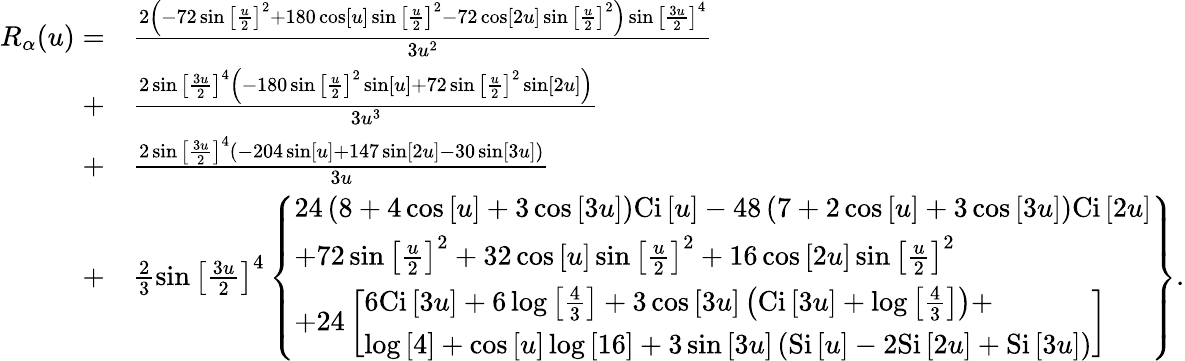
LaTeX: \begin{array}{rl}{{R_{\alpha}}(u)=}&{\frac{{2\left({-72\sin{{\left[{\frac{u}{2}}\right]}^{2}}+180\cos\left[u\right]\sin{{\left[{\frac{u}{2}}\right]}^{2}}-72\cos\left[{2u}\right]\sin{{\left[{\frac{u}{2}}\right]}^{2}}}\right)\sin{{\left[{\frac{{3u}}{2}}\right]}^{4}}}}{{3{u^{2}}}}}\\ {+}&{\frac{{2\sin{{\left[{\frac{{3u}}{2}}\right]}^{4}}\left({-180\sin{{\left[{\frac{u}{2}}\right]}^{2}}\sin\left[u\right]+72\sin{{\left[{\frac{u}{2}}\right]}^{2}}\sin\left[{2u}\right]}\right)}}{{3{u^{3}}}}}\\ {+}&{\frac{{2\sin{{\left[{\frac{{3u}}{2}}\right]}^{4}}\left({-204\sin\left[u\right]+147\sin\left[{2u}\right]-30\sin\left[{3u}\right]}\right)}}{{3u}}}\\ {+}&{\frac{2}{3}\sin{\left[{\frac{{3u}}{2}}\right]^{4}}\left\{ \begin{array}{l}{24\left({8+4\cos\left[u\right]+3\cos\left[{3u}\right]}\right)\mathrm{{Ci}}\left[u\right]-48\left({7+2\cos\left[u\right]+3\cos\left[{3u}\right]}\right){\mathrm{Ci}}\left[{2u}\right]}\\ {+72\sin{\left[{\frac{u}{2}}\right]^{2}}+32\cos\left[u\right]\sin{\left[{\frac{u}{2}}\right]^{2}}+16\cos\left[{2u}\right]\sin{\left[{\frac{u}{2}}\right]^{2}}}\\ {+24\left[\begin{array}{l}{6\mathrm{{Ci}}\left[{3u}\right]+6\log\left[{\frac{4}{3}}\right]+3\cos\left[{3u}\right]\left({{\mathrm{Ci}}\left[{3u}\right]+\log\left[{\frac{4}{3}}\right]}\right)+}\\ {\log\left[4\right]+\cos\left[u\right]\log\left[{16}\right]+3\sin\left[{3u}\right]\left({\mathrm{{Si}}\left[u\right]-2{\mathrm{Si}}\left[{2u}\right]+\mathrm{{Si}}\left[{3u}\right]}\right)}\end{array}\right]}\end{array}\right\} .}\end{array}